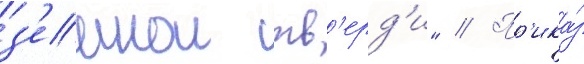
з'емнои тв'ерд'и" // Пр'ика́з